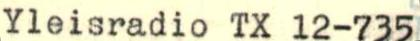
Yleisradio TX 12-735